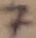
Text: 7